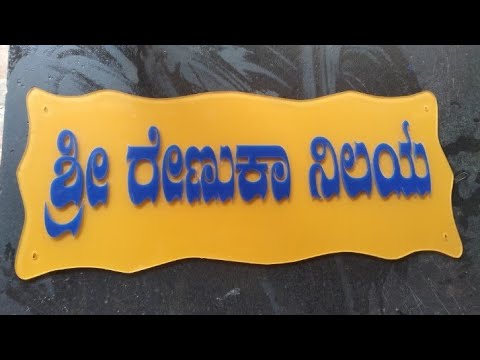
Language: kannada
Transcription: ಶ್ರೀ ರೇಣುಕಾ ನಿಲಯ